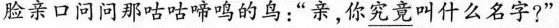
脸亲口问问那咕咕啼鸣的鸟：”亲，你\underline{究竟}叫什么名字?”